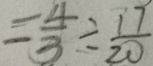
= \frac { 4 } { 3 } \div \frac { 1 7 } { 2 0 }